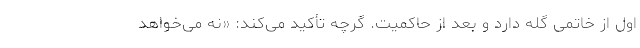
اول از خاتمی گله دارد و بعد از حاکمیت. گرچه تأکید می‌کند: «نه می‌خواهد